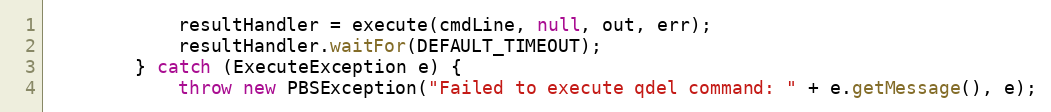
Language: Java
            resultHandler = execute(cmdLine, null, out, err);
            resultHandler.waitFor(DEFAULT_TIMEOUT);
        } catch (ExecuteException e) {
            throw new PBSException("Failed to execute qdel command: " + e.getMessage(), e);